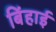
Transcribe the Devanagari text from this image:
बिंहाई